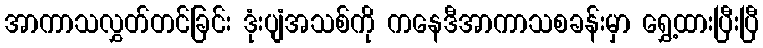
အာကာသလွှတ်တင်ခြင်း ဒုံးပျံအသစ်ကို ကနေဒီအာကာသစခန်းမှာ ရွှေ့ထားပြီးပြီ